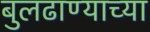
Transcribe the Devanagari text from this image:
बुलढाण्याच्या